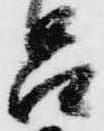
呂